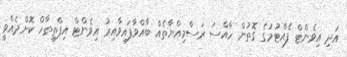
އަދި އިވެންޓް ފެއްޓުމުގެ ގޮތުން ހާއްސަ ރަސްމިއްޔާތެއް ބާއްވާފައިވާއިރު އިވެންޓް އިފްތިތާހް ކޮށްދެއްވީ